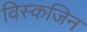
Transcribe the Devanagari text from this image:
विस्कजिन